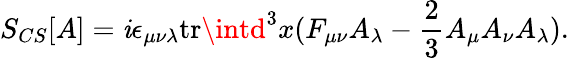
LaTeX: S_{CS}[A]=\mathit{i}\epsilon_{\mu\nu\lambda}\mathrm{{tr}}\intd^{3}x(F_{\mu\nu}A_{\lambda}-\frac{{2}}{{3}}A_{\mu}A_{\nu}A_{\lambda}).